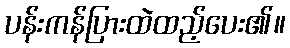
ပန်းကန်ပြားထဲထည့်ပေး၏။